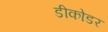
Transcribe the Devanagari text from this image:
डीकोडर